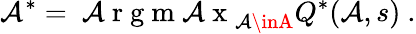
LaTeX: \mathcal{A}^{*}=\mathrm{{~\mathcal{A}~r~g~m~\mathcal{A}~x~}}_{\mathcal{A}\inA}Q^{*}(\mathcal{A},s)~.